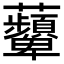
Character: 𧅵